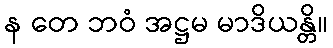
န တေ ဘဝံ အဋ္ဌမ မာဒိယန္တိ။